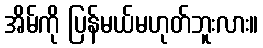
အိမ်ကို ပြန်မယ်မဟုတ်ဘူးလား။